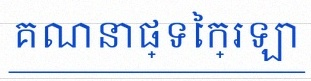
គណនាផ្ទៃក្រឡា